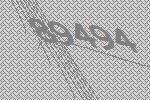
89494